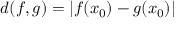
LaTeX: d ( f , g ) = | f ( x _ { 0 } ) - g ( x _ { 0 } ) |